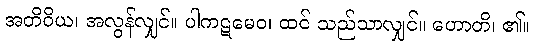
အတိဝိယ၊ အလွန်လျှင်။ ပါကဋမေဝ၊ ထင် သည်သာလျှင်။ ဟောတိ၊ ၏။